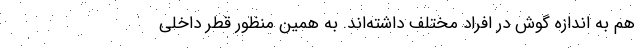
هم به اندازه گوش در افراد مختلف داشته‌اند. به همین منظور قطر داخلی